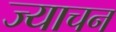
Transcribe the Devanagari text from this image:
ज्याचन